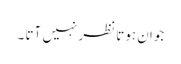
جوان ہوتا نظر نہیں آتا ۔